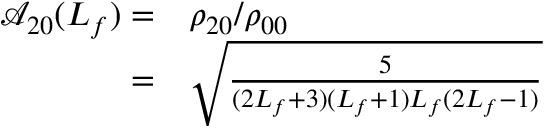
\begin{array} { r l } { \mathcal { A } _ { 2 0 } ( L _ { f } ) = } & { { } \rho _ { 2 0 } / \rho _ { 0 0 } } \\ { = } & { { } \sqrt { \frac { 5 } { ( 2 L _ { f } + 3 ) ( L _ { f } + 1 ) L _ { f } ( 2 L _ { f } - 1 ) } } } \end{array}